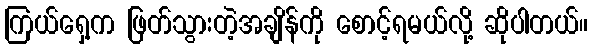
ကြယ်ရှေ့က ဖြတ်သွားတဲ့အချိန်ကို စောင့်ရမယ်လို့ ဆိုပါတယ်။